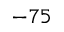
- 7 5